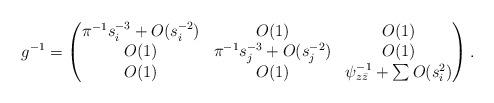
LaTeX: \begin{align*}g^{-1}=\begin{pmatrix}\pi^{-1}s_{i}^{-3}+O(s_{i}^{-2}) & O(1)& O(1)\\O(1) & \pi^{-1}s_{j}^{-3}+O(s_{j}^{-2}) &O(1)\\O(1) &O(1) & \psi_{z\bar z}^{-1}+\sum O(s_{i}^{2})\end{pmatrix}.\end{align*}